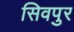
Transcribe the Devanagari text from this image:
सिवपुर